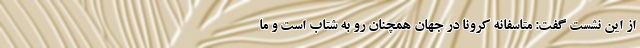
از این نشست گفت: متاسفانه کرونا در جهان همچنان رو به شتاب است و ما